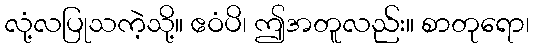
လုံ့လပြုသကဲ့သို့။ ဧဝံပိ၊ ဤအတူလည်း။ စာတုရော၊